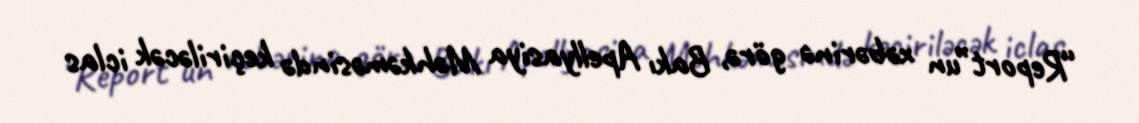
“Report”un xəbərinə görə, Bakı Apellyasiya Məhkəməsində keçiriləcək iclas